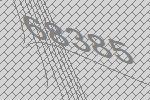
68385